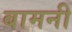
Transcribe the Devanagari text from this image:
बामनी